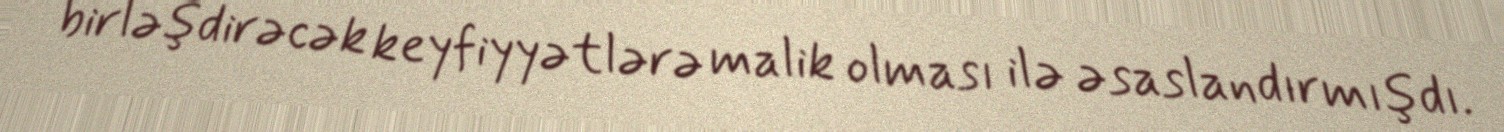
birləşdirəcək keyfiyyətlərə malik olması ilə əsaslandırmışdı.